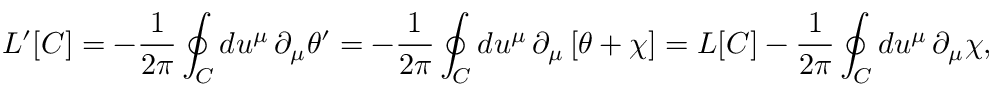
L ^ { \prime } [ C ] = - \frac { 1 } { 2 \pi } \oint _ { C } d u ^ { \mu } \, \partial _ { \mu } \theta ^ { \prime } = - \frac { 1 } { 2 \pi } \oint _ { C } d u ^ { \mu } \, \partial _ { \mu } \left[ \theta + \chi \right] = L [ C ] - \frac { 1 } { 2 \pi } \oint _ { C } d u ^ { \mu } \, \partial _ { \mu } \chi ,